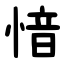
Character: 愔